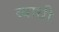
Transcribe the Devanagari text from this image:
व्याथी